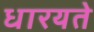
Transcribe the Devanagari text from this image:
धारयते